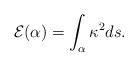
LaTeX: \begin{align*}{\cal E}(\alpha)=\int_{\alpha}\kappa^2ds.\end{align*}